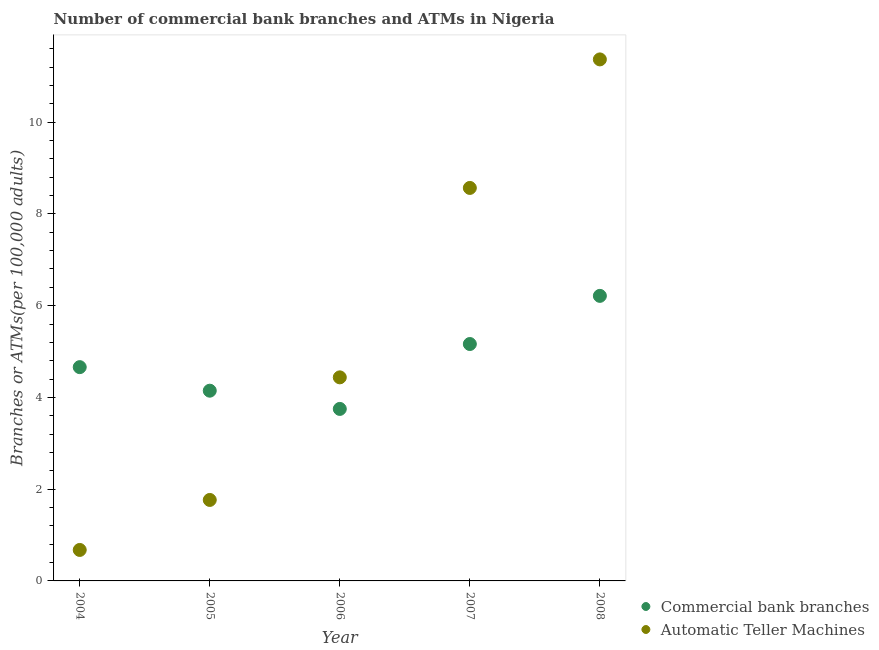
| Year | Commercial bank branches | Automatic Teller Machines |
 | --- | --- | --- |
 | 2004 | 4.66 | 0.675 |
 | 2005 | 4.15 | 1.77 |
 | 2006 | 3.75 | 4.44 |
 | 2007 | 5.16 | 8.57 |
 | 2008 | 6.21 | 11.4 |